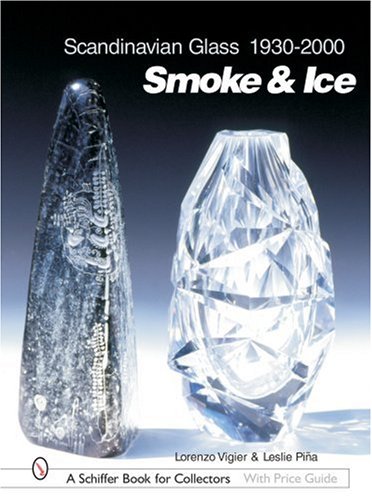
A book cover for Scandinavian Glass 1930-2000: Smoke & Ice (Schiffer Book for Collectors with Price Guide); Leslie A. Pina; Crafts, Hobbies & Home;